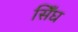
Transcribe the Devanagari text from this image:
सिँघ